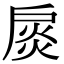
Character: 扊